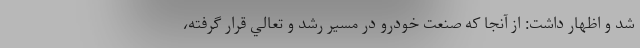
شد و اظهار داشت: از آنجا كه صنعت خودرو در مسير رشد و تعالي قرار گرفته،